Report of an investigation of the epidemic of malarial fever in Assam, or, kala-azar
Disease focus: Malaria
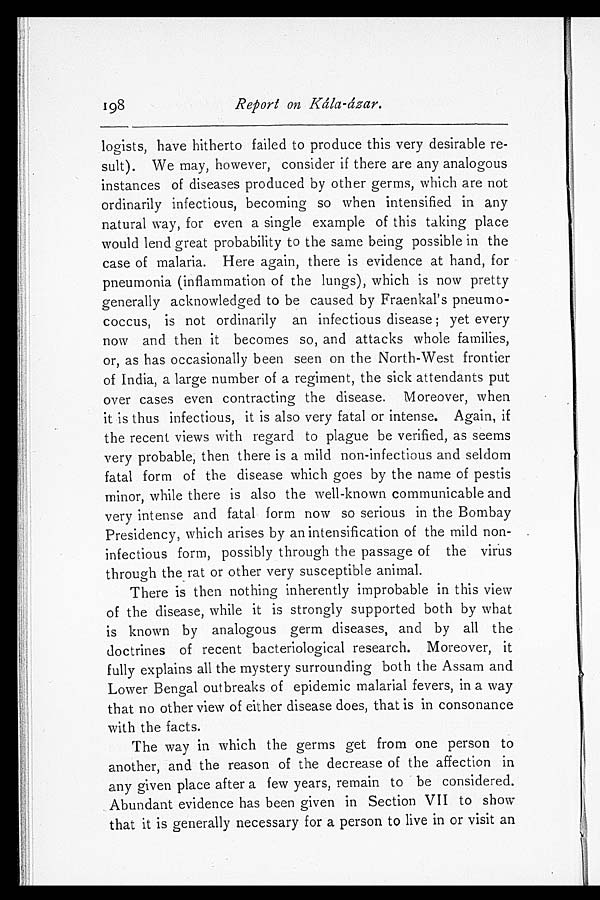
198
Report on Kála-ázar.
logists, have hitherto failed to produce this very desirable re
-sult). We may, however, consider if there are any analogous
instances of diseases produced by other germs, which are not
ordinarily infectious, becoming so when intensified in any
natural way, for even a single example of this taking place
would lend great probability to the same being possible in the
case of malaria. Here again, there is evidence at hand, for
pneumonia (inflammation of the lungs), which is now pretty
generally acknowledged to be caused by Fraenkal's pneumo
-coccus, is not ordinarily an infectious disease; yet every
now and then it becomes so, and attacks whole families,
or, as has occasionally been seen on the North-West frontier
of India, a large number of a regiment, the sick attendants put
over cases even contracting the disease. Moreover, when
it is thus infectious, it is also very fatal or intense. Again, if
the recent views with regard to plague be verified, as seems
very probable, then there is a mild non-infectious and seldom
fatal form of the disease which goes by the name of pestis
minor, while there is also the well-known communicable and
very intense and fatal form now so serious in the Bombay
Presidency, which arises by an intensification of the mild non
-infectious form, possibly through the passage of the virus
through the rat or other very susceptible animal.
There is then nothing inherently improbable in this view
of the disease, while it is strongly supported both by what
is known by analogous germ diseases, and by all the
doctrines of recent bacteriological research. Moreover, it
fully explains all the mystery surrounding both the Assam and
Lower Bengal outbreaks of epidemic malarial fevers, in a way
that no other view of either disease does, that is in consonance
with the facts.
The way in which the germs get from one person to
another, and the reason of the decrease of the affection in
any given place after a few years, remain to be considered.
Abundant evidence has been given in Section VII to show
that it is generally necessary for a person to live in or visit an